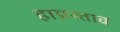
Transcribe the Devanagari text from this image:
हाप्रस्ताव